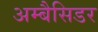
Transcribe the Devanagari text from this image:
अम्बैसिडर